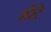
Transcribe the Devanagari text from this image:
अरेंटे